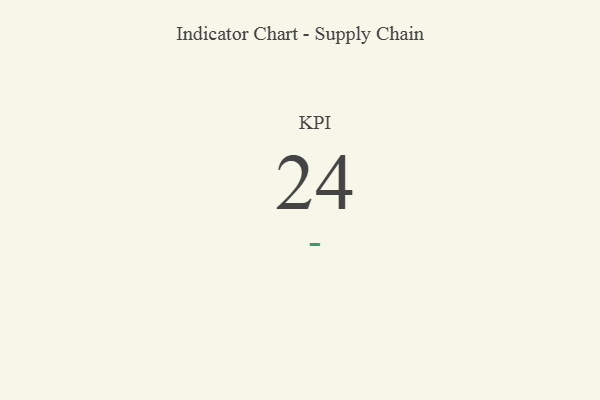
{"axis": {"x": "KPI", "y": "Value"}, "legend": [""], "data": [{"x": "KPI", "y": 24, "type": ""}]}